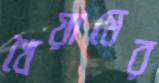
খৈয়ামের